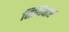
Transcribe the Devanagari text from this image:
तिथिवार